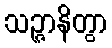
သဉ္ဇာနိတွာ